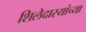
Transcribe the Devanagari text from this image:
शिलेदारयांच्या